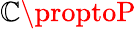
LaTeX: \mathbb{C}\proptoP